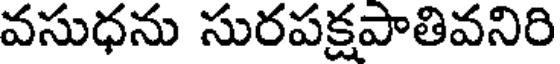
వసుధను సురపక్షపాతివనిరి